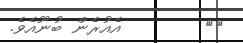
٦٠        އެއުރެން ބުނޫއެވެ.